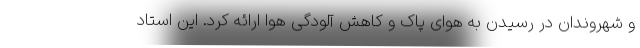
و شهروندان در رسیدن به هوای پاک و کاهش آلودگی هوا ارائه کرد. این استاد